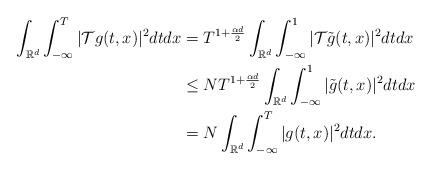
LaTeX: \begin{align*}\int_{\mathbb{R}^{d}}\int_{-\infty}^{T}|\mathcal{T}g(t,x)|^{2}dtdx & =T^{1+\frac{\alpha d}{2}}\int_{\mathbb{R}^{d}}\int_{-\infty}^{1}|\mathcal{T}\tilde{g}(t,x)|^{2}dtdx\\ & \leq NT^{1+\frac{\alpha d}{2}}\int_{\mathbb{R}^{d}}\int_{-\infty}^{1}|\tilde{g}(t,x)|^{2}dtdx\\ & =N\int_{\mathbb{R}^{d}}\int_{-\infty}^{T}|g(t,x)|^{2}dtdx.\end{align*}